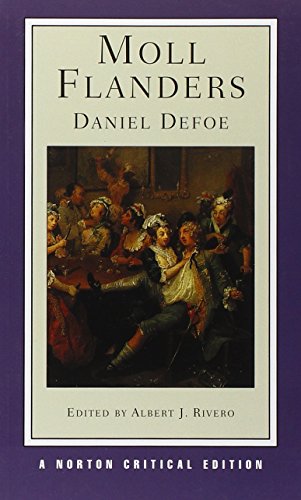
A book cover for Moll Flanders (Norton Critical Editions); Daniel Defoe; Literature & Fiction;